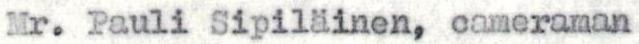
Mr. Pauli Sipiläinen, cameraman